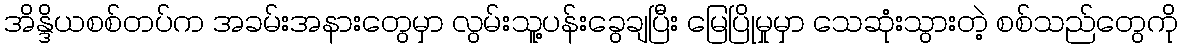
အိန္ဒိယစစ်တပ်က အခမ်းအနားတွေမှာ လွမ်းသူ့ပန်းခွေချပြီး မြေပြိုမှုမှာ သေဆုံးသွားတဲ့ စစ်သည်တွေကို